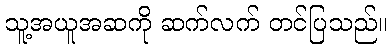
သူ့အယူအဆကို ဆက်လက် တင်ပြသည်။